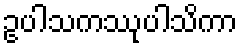
ဥပါသကဿုပါသိကာ